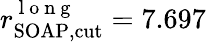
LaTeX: r_{\mathrm{SOAP,cut}}^{\mathrm{~l~o~n~g~}}=7.697